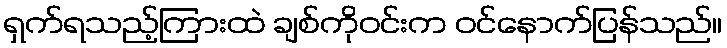
ရှက်ရသည့်ကြားထဲ ချစ်ကိုဝင်းက ဝင်နောက်ပြန်သည်။